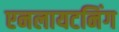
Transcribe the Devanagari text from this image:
एनलायटनिंग